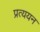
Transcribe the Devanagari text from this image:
प्रत्ययन